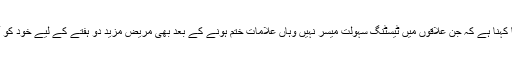
محکمہ صحت پنجاب کا کہنا ہے کہ جن علاقوں میں ٹیسٹنگ سہولت میسر نہیں وہاں علامات ختم ہونے کے بعد بھی مریض مزید دو ہفتے کے لیے خود کو آئسولیشن میں رکھے گا۔